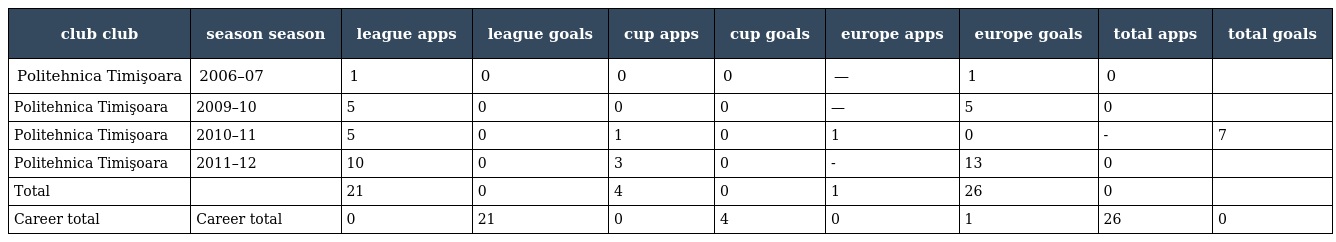
| club club | season season | league apps | league goals | cup apps | cup goals | europe apps | europe goals | total apps | total goals |
 | --- | --- | --- | --- | --- | --- | --- | --- | --- | --- |
 | Politehnica Timişoara | 2006–07 | 1 | 0 | 0 | 0 | — | 1 | 0 |  |
 | Politehnica Timişoara | 2009–10 | 5 | 0 | 0 | 0 | — | 5 | 0 |  |
 | Politehnica Timişoara | 2010–11 | 5 | 0 | 1 | 0 | 1 | 0 | - | 7 |
 | Politehnica Timişoara | 2011–12 | 10 | 0 | 3 | 0 | - | 13 | 0 |  |
 | Total |  | 21 | 0 | 4 | 0 | 1 | 26 | 0 |  |
 | Career total | Career total | 0 | 21 | 0 | 4 | 0 | 1 | 26 | 0 |